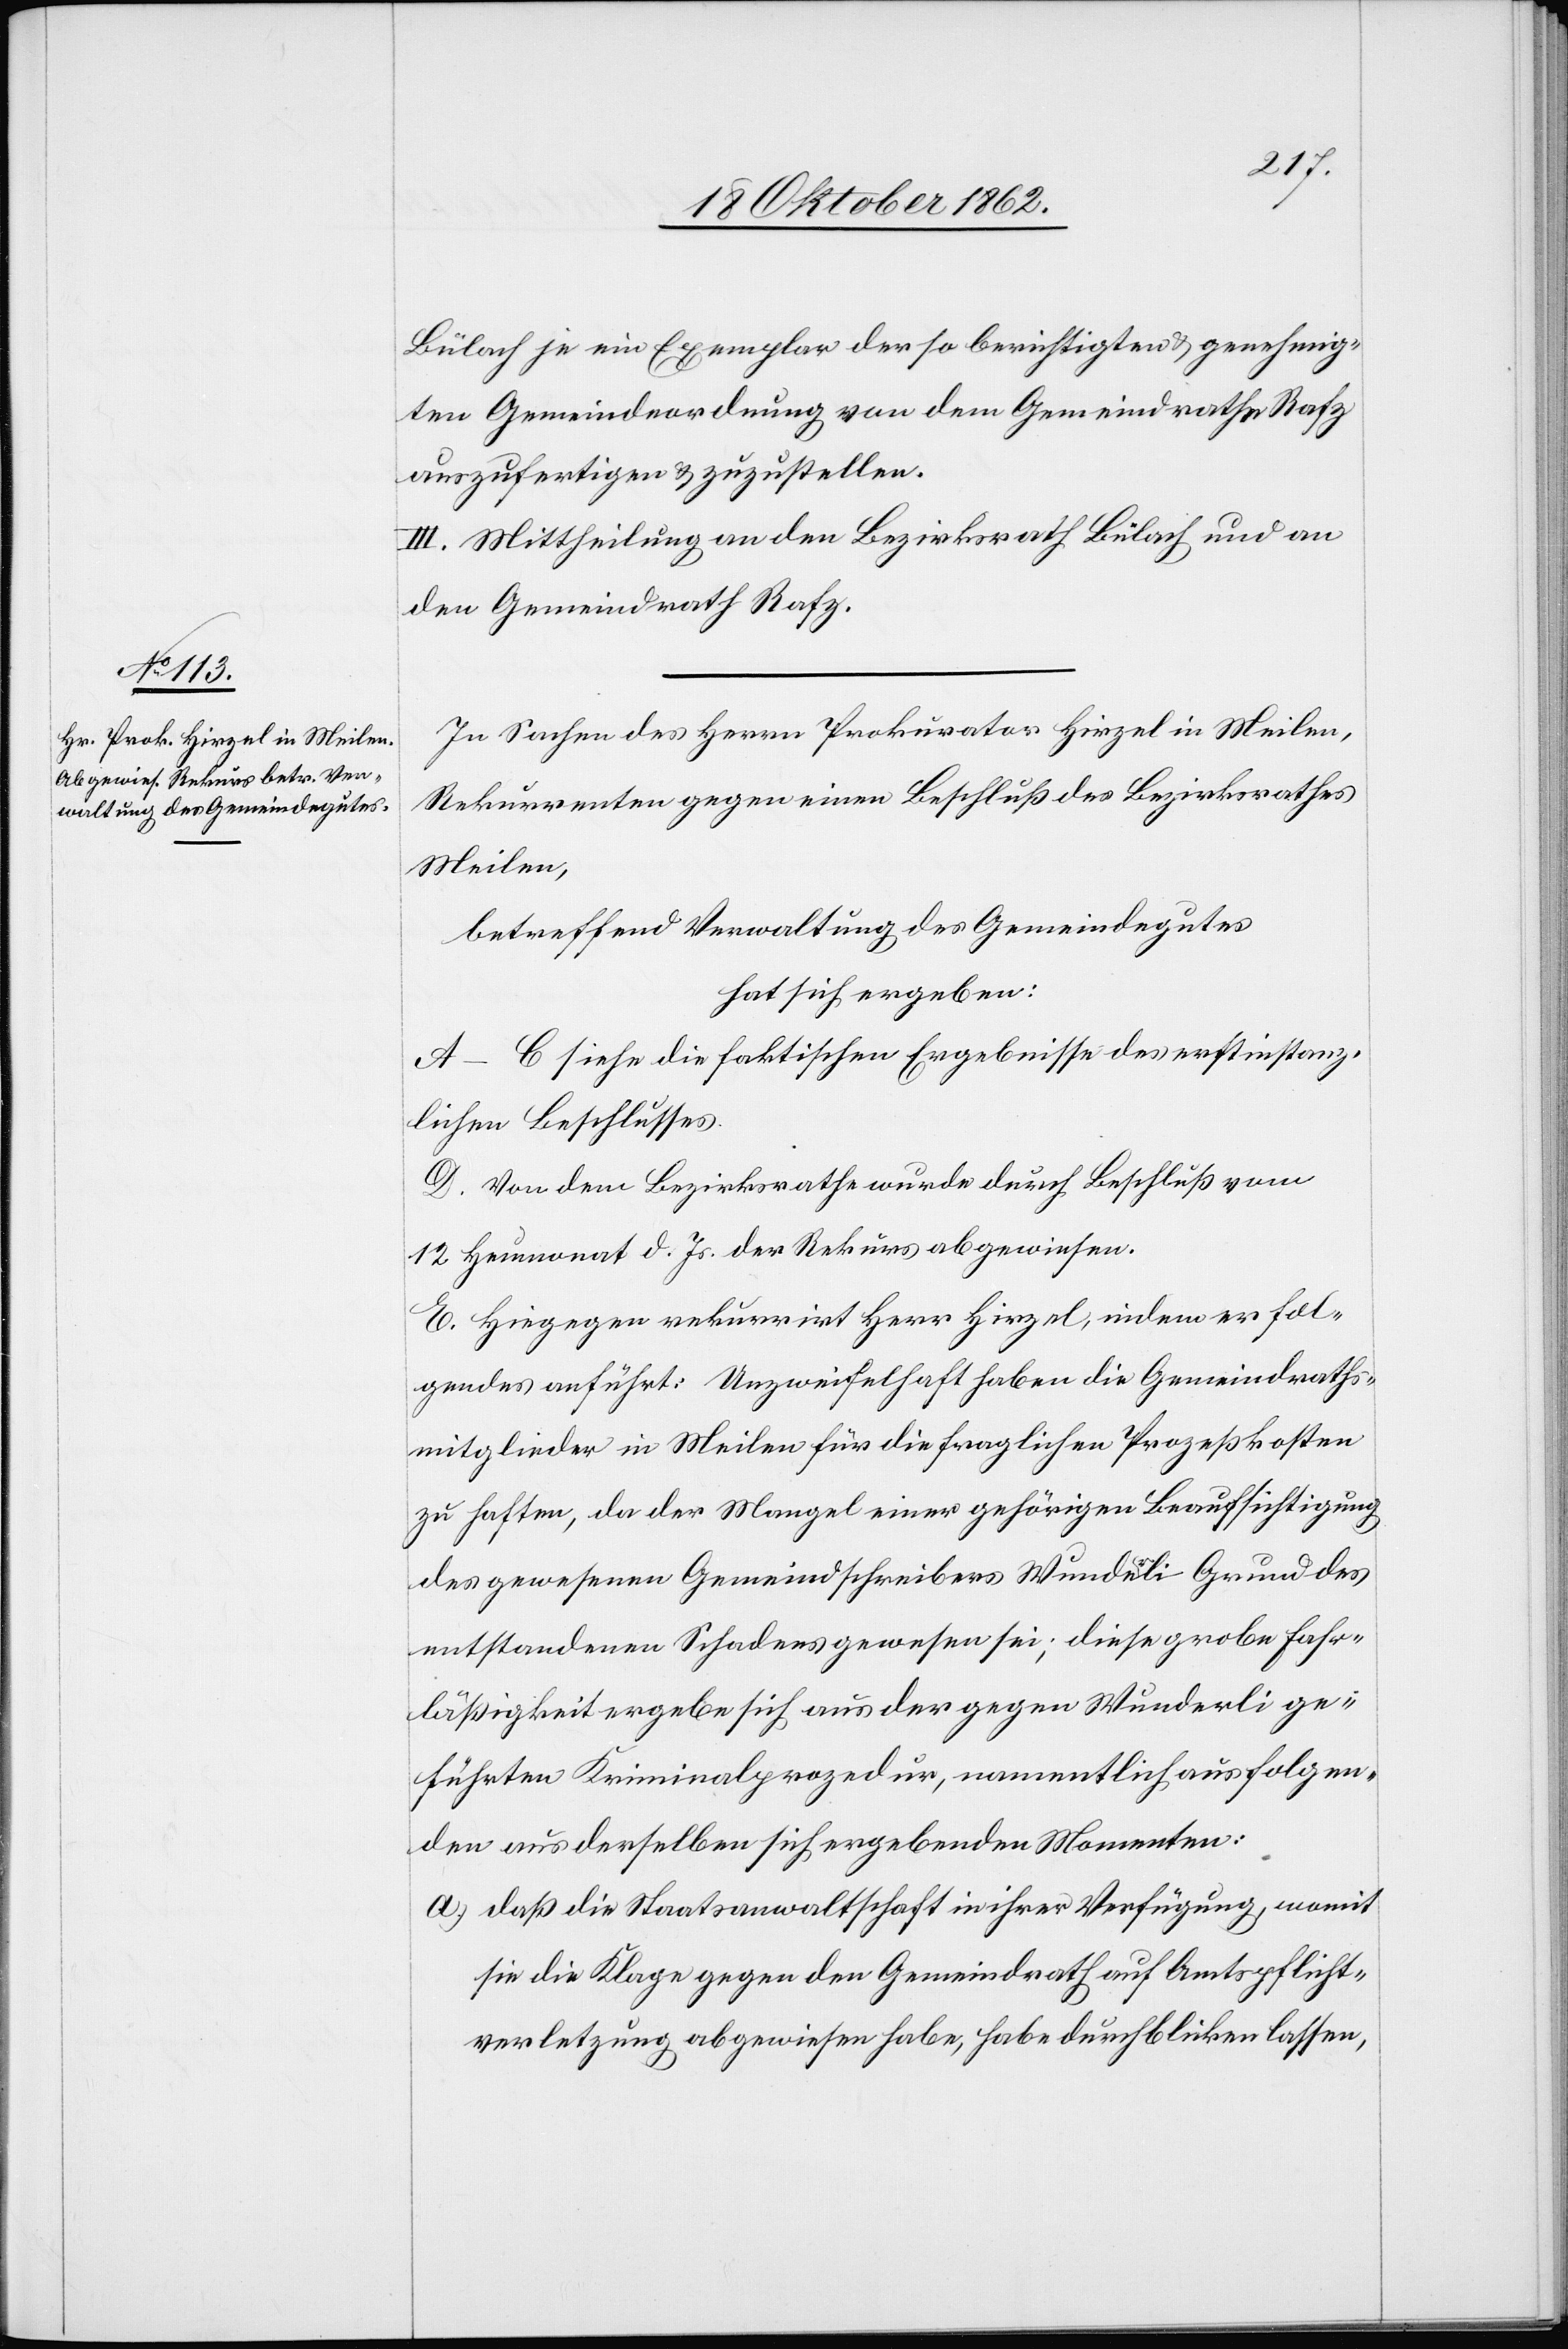
Bülach je ein Exemplar der so berichtigten u. genehmig¬
en Gemeindeordnung von dem Gemeindrathe Rafz
auszufertigen u. zuzustellen.
III. Mittheilung an den Bezirksrath Bülach und an
den Gemeindrath Rafz.
In Sachen des Herrn Prokurator Hirzel in Meilen,
Rekurrenten gegen einen Beschluß des Bezirksrathes
Meilen,
betreffend Verwaltung des Gemeindegutes
hat sich ergeben:
A–C. siehe die faktischen Ergebnisse des erstinstanz¬
lichen Beschlusses.
D. Von dem Bezirksrathe wurde durch Beschluß vom
12. Heumonat d. Js. der Rekurs abgewiesen.
E. Hiegegen rekurrirt Herr Hirzel, indem er fol¬
gendes anführt: Unzweifelhaft haben die Gemeindraths¬
mitglieder in Meilen für die fraglichen Prozeßkosten
zu haften, da der Mangel einer gehörigen Beaufsichtigung
des gewesenen Gemeindschreibers Wunderli Grund des
entstandenen Schadens gewesen ist; diese grobe Fahr¬
läßigkeit ergebe sich aus der gegen Wunderli ge¬
führten Kriminalprozedur, namentlich aus folgen¬
den aus derselben sich ergebenden Momenten:
a) daß die Staatsanwaltschaft in ihrer Verfügung, womit
sie die Klage gegen den Gemeindrath auf Amtspflicht¬
verletzung abgewiesen habe, habe durchblicken lassen,